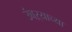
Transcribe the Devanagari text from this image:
उंबऱ्याच्या